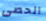
الحصى